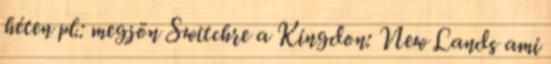
héten pl.: megjön Switchre a Kingdon: New Lands ami